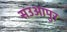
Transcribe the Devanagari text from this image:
सउआपुर